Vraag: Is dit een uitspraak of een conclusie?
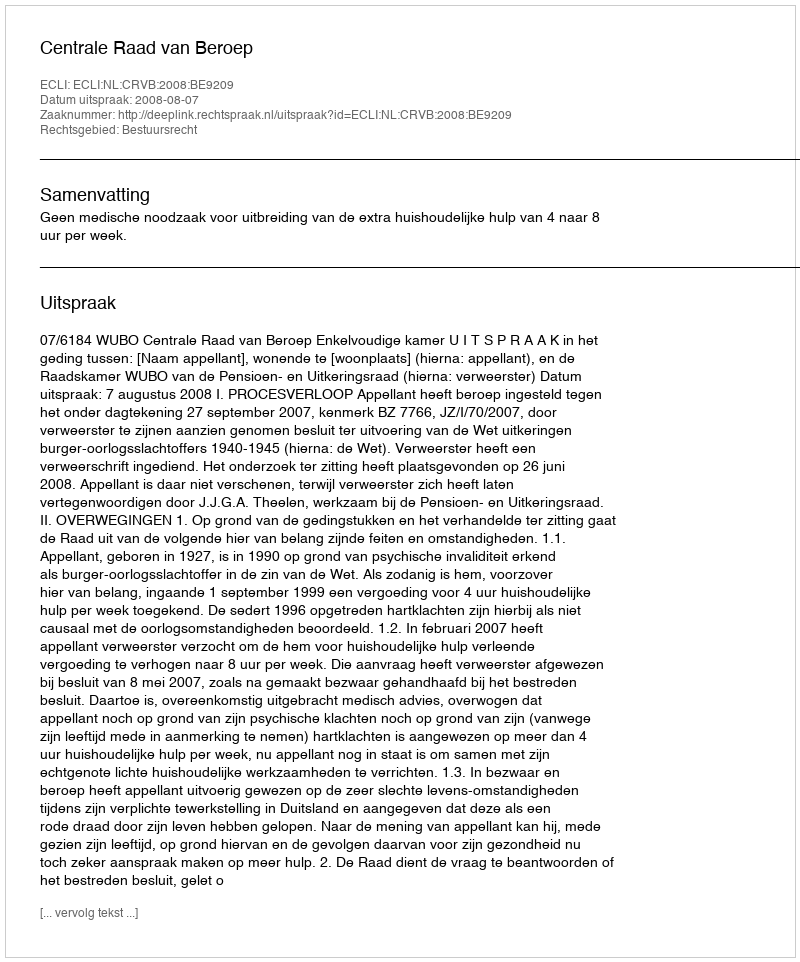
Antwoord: Uitspraak